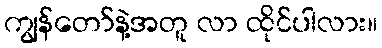
ကျွန်တော်နဲ့အတူ လာ ထိုင်ပါလား။